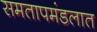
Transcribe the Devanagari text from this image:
समतापमंडलात